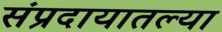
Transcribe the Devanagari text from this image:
संप्रदायातल्या